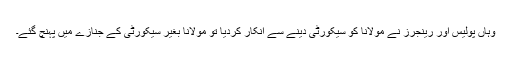
وہاں پولیس اور رینجرز نے مولانا کو سیکورٹی دینے سے انکار کردیا تو مولانا بغیر سیکورٹی کے جنازے میں پہنچ گئے۔